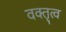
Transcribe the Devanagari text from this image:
वक्तृत्‍व